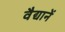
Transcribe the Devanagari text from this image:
वैद्यानें